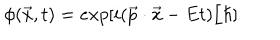
\phi ( \vec { x } , t ) = e x p [ i ( \vec { p } \cdot \vec { x } - E t ) / \hbar ]